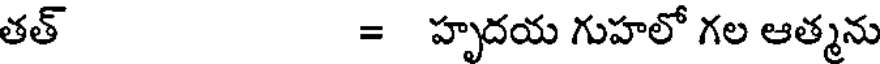
తత్ = హృదయ గుహలో గల ఆత్మను